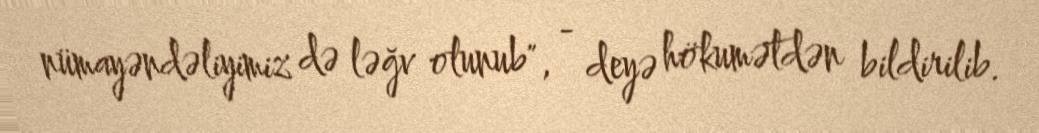
nümayəndəliyimiz də ləğv olunub", - deyə hökumətdən bildirilib.